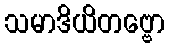
သမာဒိယိတဗ္ဗော